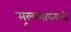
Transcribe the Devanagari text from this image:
मूल्यमापनाची